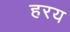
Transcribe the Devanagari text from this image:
हरय